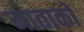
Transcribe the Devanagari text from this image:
माताको